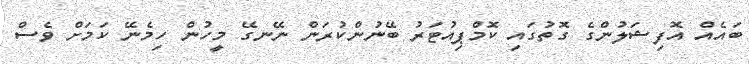
ބައެއް އޮފިޝަލުންގެ ގޮތުގައި ކޮމްޕިއުޓަރު ބޭނުންކުރަން ނޭނގޭ މީހުން ހިމެނޭ ކަމަށް ވެސް